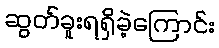
ဆွတ်ခူးရရှိခဲ့ကြောင်း